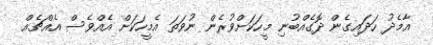
އާމެދު ހަދައިގެން ދޮގެއްބުނި މީހަކަށްވުރެން ނުވަތަ އެމީހަކަށް އެއްވެސް އެއްޗެއް